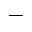
-